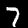
Digit: 7